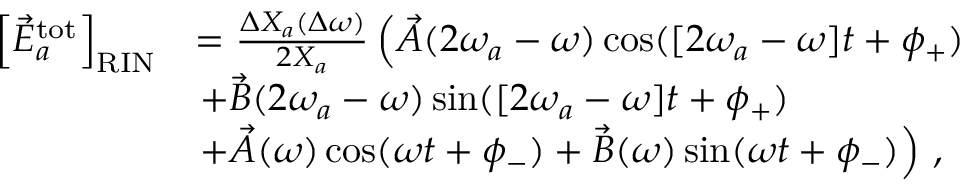
\begin{array} { r l } { \left[ \vec { E } _ { a } ^ { \mathrm { t o t } } \right] _ { \mathrm { R I N } } } & { = \frac { \Delta X _ { a } ( \Delta \omega ) } { 2 X _ { a } } \left( \vec { A } ( 2 \omega _ { a } - \omega ) \cos ( [ 2 \omega _ { a } - \omega ] t + \phi _ { + } ) \right. } \\ & { \left. + \vec { B } ( 2 \omega _ { a } - \omega ) \sin ( [ 2 \omega _ { a } - \omega ] t + \phi _ { + } ) \right. \, } \\ & { \left. + \vec { A } ( \omega ) \cos ( \omega t + \phi _ { - } ) + \vec { B } ( \omega ) \sin ( \omega t + \phi _ { - } ) \right) \, , } \end{array}